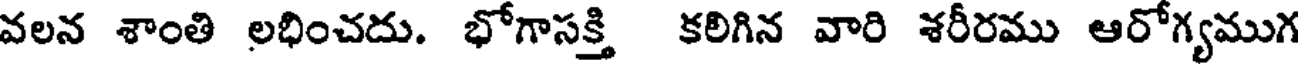
వలన శాంతి లభించదు. భోగాసక్తి కరిగిన వారి శరీరము ఆరోగ్యముగ